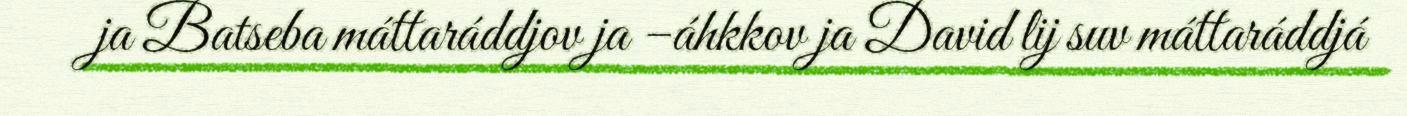
ja Batseba máttaráddjov ja –áhkkov ja David lij suv máttaráddjá